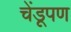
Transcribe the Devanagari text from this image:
चेंडूपण